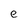
Character: e